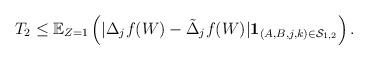
LaTeX: \begin{align*}T_2 \le\mathbb{E}_{Z=1}\left(|\Delta_jf(W)-\tilde{\Delta}_jf(W)|\mathbf{1}_{(A,B,j,k)\in \mathcal{S}_{1,2}}\right).\end{align*}